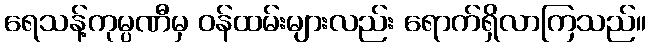
ရေသန့်ကုမ္ပဏီမှ ဝန်ထမ်းများလည်း ရောက်ရှိလာကြသည်။